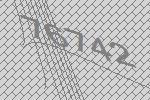
76742